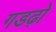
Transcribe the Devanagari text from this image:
गडढ़ो